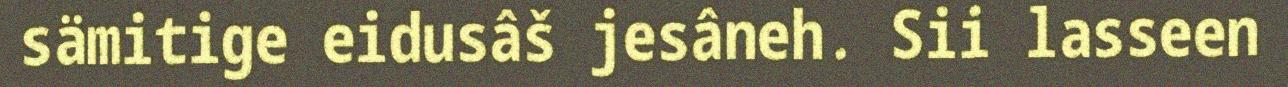
sämitige eidusâš jesâneh. Sii lasseen